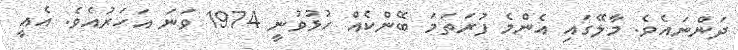
ދަންނައެވެ. މާލޭގައި އެންމެ ފުރަތަމަ ބޭންކެއް ހުޅުވުނީ 1974 ވަނަ އަހަރުއެވެ. އެއީ